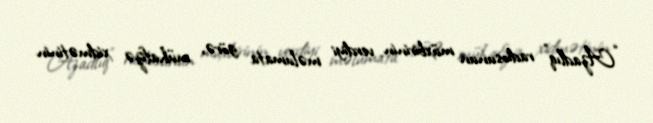
“Azadlıq” radiosunun müxbirinin verdiyi məlumata görə, mühafizə xidmətinin